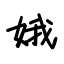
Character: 娥